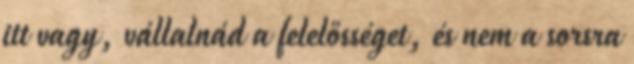
itt vagy, vállalnád a felelősséget, és nem a sorsra